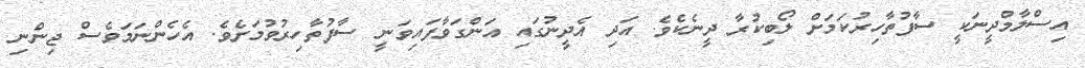
އިސްލާމްދީނަކީ ސާފުތާހިރުކަމަށް ލޯބިކުރާ ދީނެކެވެ. އަދި އެދީނުގައި އަންގަވާފައިވަނީ ސާފުތާހިރުވުމަށެވެ. އެހެންނަމަވެސް ޖިންނި